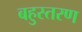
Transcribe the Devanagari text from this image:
बहुस्तरण